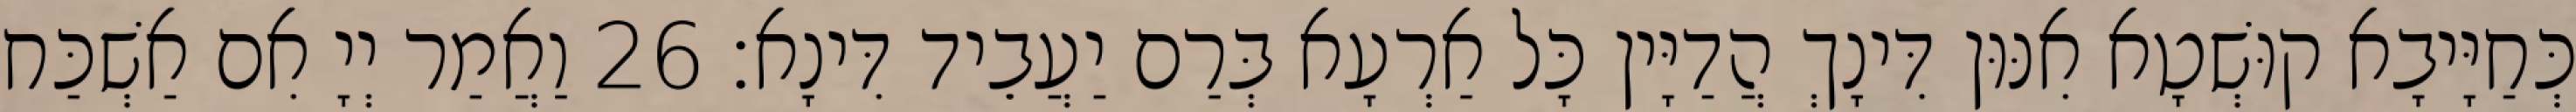
כְּחַיָּיבָא קוּשְׁטָא אִנּוּן דִּינָךְ הֲדַיָּין כָּל אַרְעָא בְּרַם יַעֲבֵיד דִּינָא׃ 26 וַאֲמַר יְיָ אִם אַשְׁכַּח